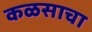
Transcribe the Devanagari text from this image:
कळसाचा